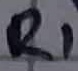
Text: R1